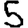
Digit: 5